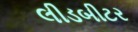
લીડબીટર